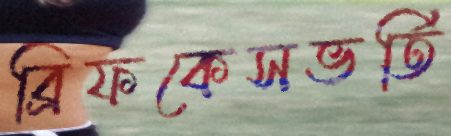
ব্রিফকেসভর্তি